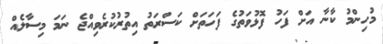
މުހިންމު ކާނާ އަށް ފަހު ފޮޅުވަތުގެ ފަހަތަށް ކަސްރަތު އިތުރުކުރެވިއްޖެ ނަމަ މިސާލެއް